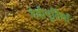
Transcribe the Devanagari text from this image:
देवीमूर्तियाँ